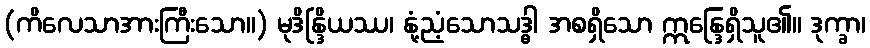
(ကိလေသာအားကြီးသော။) မုဒိန္ဒြိယဿ၊ နုံ့ညံ့သောသဒ္ဓါ အစရှိသော ဣန္ဒြေရှိသူ၏။ ဒုက္ခာ၊